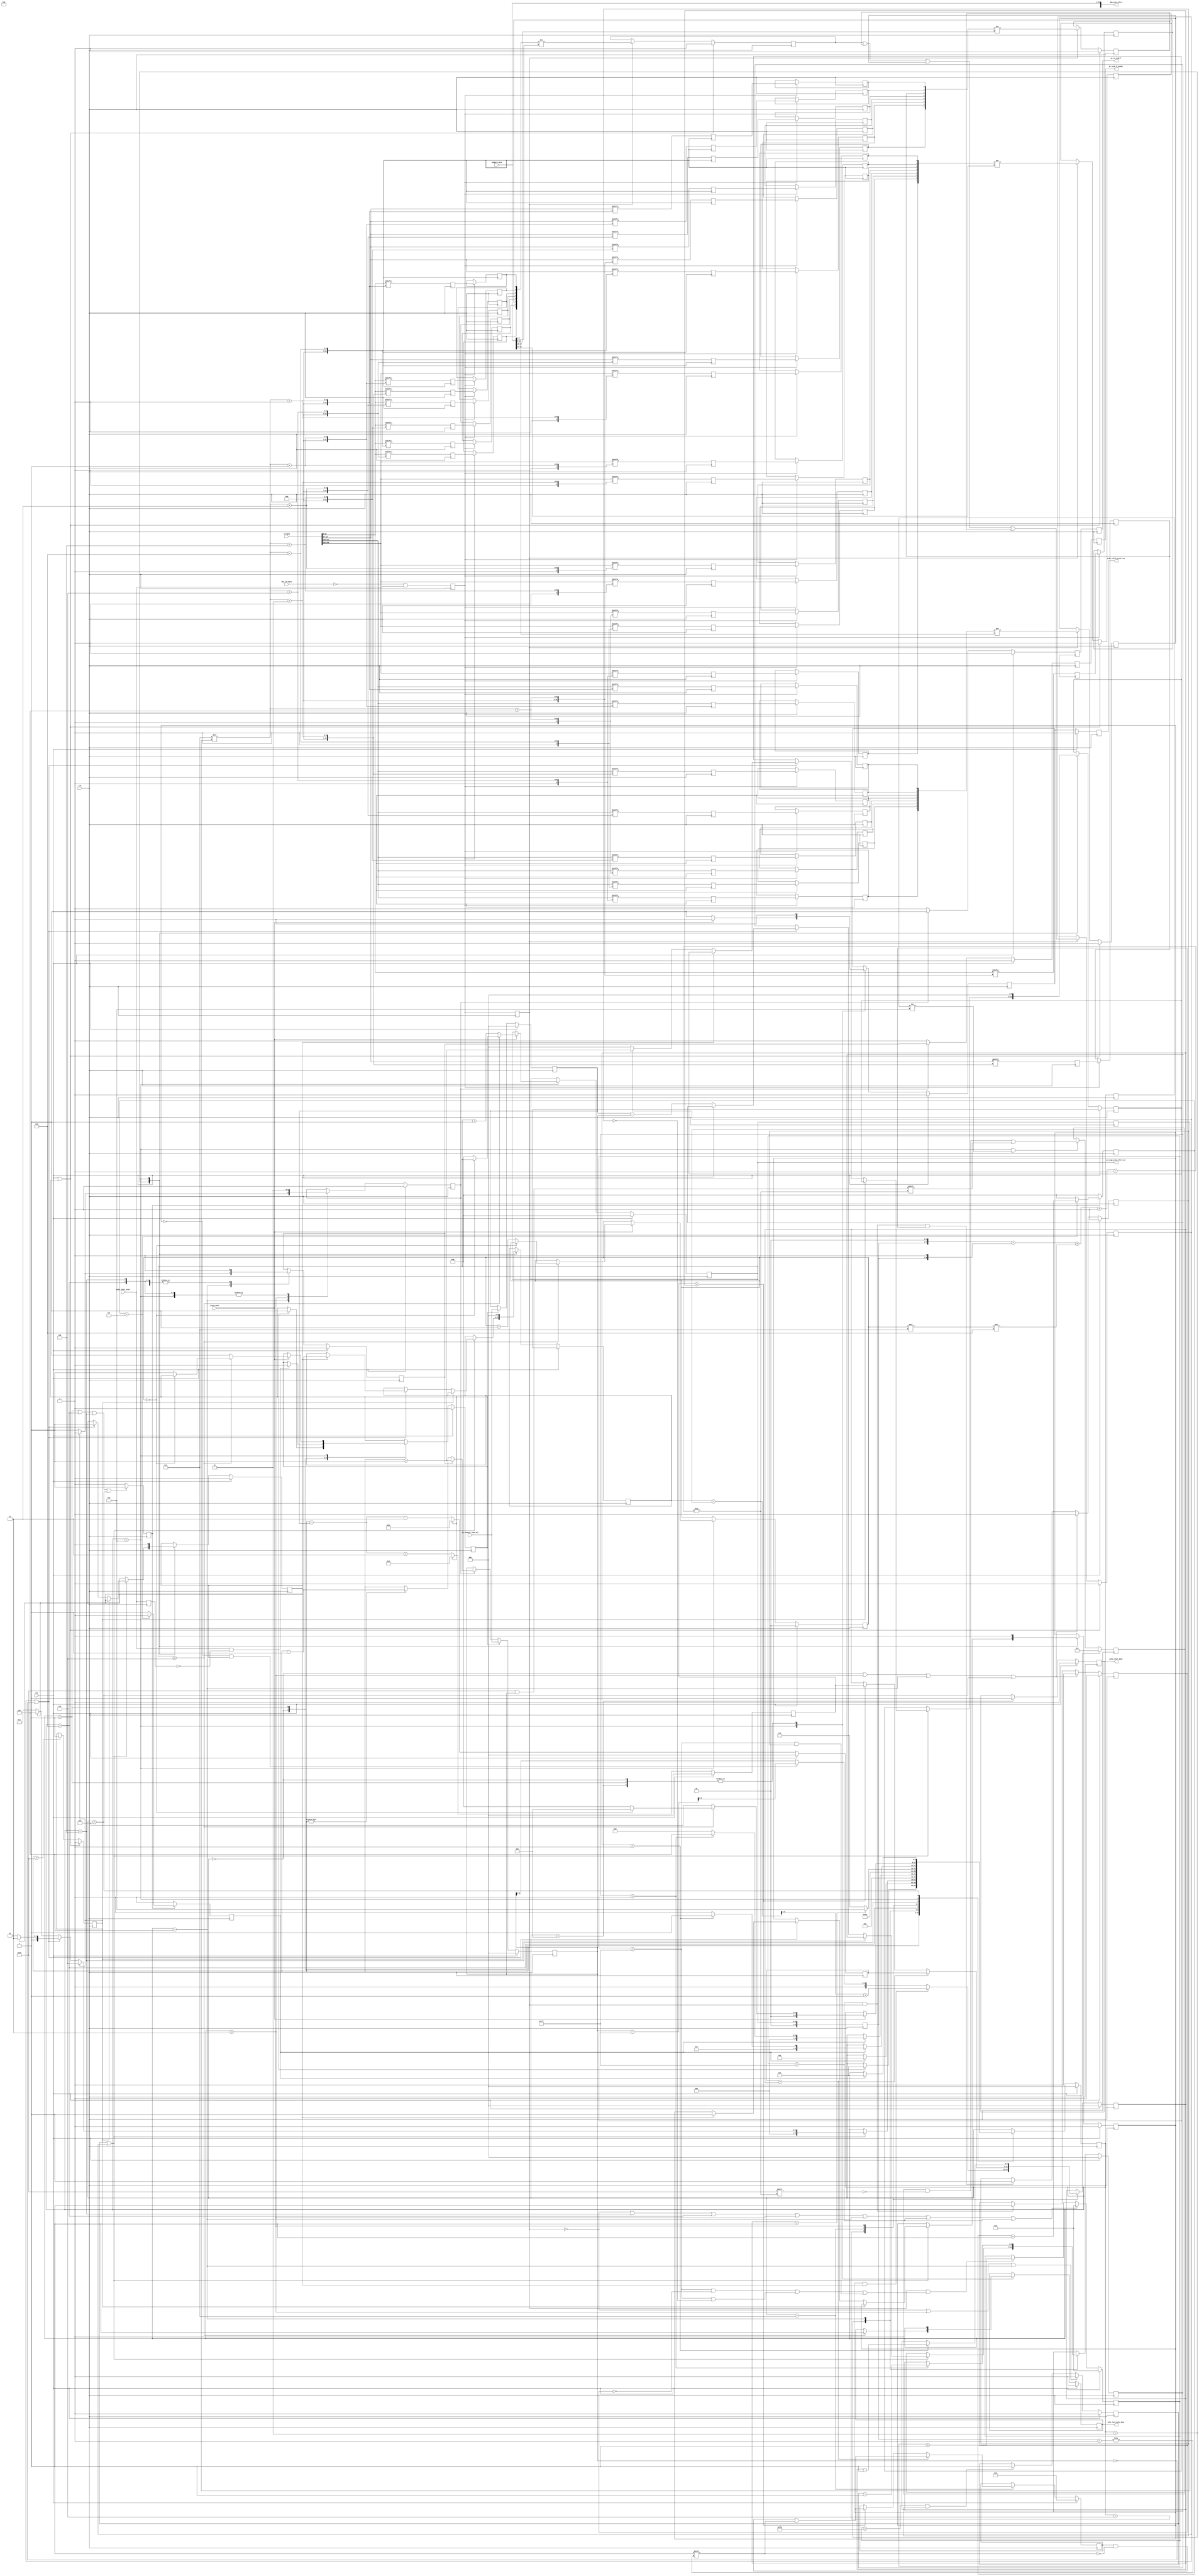
//*****************************************************************************
// (c) Copyright 2009 - 2013 Xilinx, Inc. All rights reserved.
//
// This file contains confidential and proprietary information
// of Xilinx, Inc. and is protected under U.S. and
// international copyright and other intellectual property
// laws.
//
// DISCLAIMER
// This disclaimer is not a license and does not grant any
// rights to the materials distributed herewith. Except as
// otherwise provided in a valid license issued to you by
// Xilinx, and to the maximum extent permitted by applicable
// law: (1) THESE MATERIALS ARE MADE AVAILABLE "AS IS" AND
// WITH ALL FAULTS, AND XILINX HEREBY DISCLAIMS ALL WARRANTIES
// AND CONDITIONS, EXPRESS, IMPLIED, OR STATUTORY, INCLUDING
// BUT NOT LIMITED TO WARRANTIES OF MERCHANTABILITY, NON-
// INFRINGEMENT, OR FITNESS FOR ANY PARTICULAR PURPOSE; and
// (2) Xilinx shall not be liable (whether in contract or tort,
// including negligence, or under any other theory of
// liability) for any loss or damage of any kind or nature
// related to, arising under or in connection with these
// materials, including for any direct, or any indirect,
// special, incidental, or consequential loss or damage
// (including loss of data, profits, goodwill, or any type of
// loss or damage suffered as a result of any action brought
// by a third party) even if such damage or loss was
// reasonably foreseeable or Xilinx had been advised of the
// possibility of the same.
//
// CRITICAL APPLICATIONS
// Xilinx products are not designed or intended to be fail-
// safe, or for use in any application requiring fail-safe
// performance, such as life-support or safety devices or
// systems, Class III medical devices, nuclear facilities,
// applications related to the deployment of airbags, or any
// other applications that could lead to death, personal
// injury, or severe property or environmental damage
// (individually and collectively, "Critical
// Applications"). Customer assumes the sole risk and
// liability of any use of Xilinx products in Critical
// Applications, subject only to applicable laws and
// regulations governing limitations on product liability.
//
// THIS COPYRIGHT NOTICE AND DISCLAIMER MUST BE RETAINED AS
// PART OF THIS FILE AT ALL TIMES.
//
//*****************************************************************************
//   ____  ____
//  /   /\/   /
// /___/  \  /    Vendor: Xilinx
// \   \   \/     Version:
//  \   \         Application: MIG
//  /   /         Filename: ddr_phy_prbs_rdlvl.v
// /___/   /\     Date Last Modified: $Date: 2011/06/24 14:49:00 $
// \   \  /  \    Date Created:
//  \___\/\___\
//
//Device: 7 Series
//Design Name: DDR3 SDRAM
//Purpose:
//  PRBS Read leveling calibration logic
//  NOTES:
//    1. Window detection with PRBS pattern.
//Reference:
//Revision History:
//*****************************************************************************

/******************************************************************************
**$Id: ddr_phy_prbs_rdlvl.v,v 1.2 2011/06/24 14:49:00 mgeorge Exp $
**$Date: 2011/06/24 14:49:00 $
**$Author: mgeorge $
**$Revision: 1.2 $
**$Source: /devl/xcs/repo/env/Databases/ip/src2/O/mig_7series_v1_3/data/dlib/7series/ddr3_sdram/verilog/rtl/phy/ddr_phy_prbs_rdlvl.v,v $
******************************************************************************/

`timescale 1ps/1ps

module mig_7series_v2_0_ddr_phy_prbs_rdlvl #
  (
   parameter TCQ             = 100,    // clk->out delay (sim only)
   parameter nCK_PER_CLK     = 2,      // # of memory clocks per CLK
   parameter DQ_WIDTH        = 64,     // # of DQ (data)
   parameter DQS_CNT_WIDTH   = 3,      // = ceil(log2(DQS_WIDTH))
   parameter DQS_WIDTH       = 8,      // # of DQS (strobe)
   parameter DRAM_WIDTH      = 8,      // # of DQ per DQS
   parameter RANKS           = 1,      // # of DRAM ranks
   parameter SIM_CAL_OPTION  = "NONE", // Skip various calibration steps
   parameter PRBS_WIDTH      = 8       // PRBS generator output width
   )
  (
   input                        clk,
   input                        rst,
   // Calibration status, control signals
   input                        prbs_rdlvl_start,
   (* max_fanout = 100 *) output reg                   prbs_rdlvl_done,
   output reg                   prbs_last_byte_done,
   output reg                   prbs_rdlvl_prech_req,
   input                        prech_done,
   input                        phy_if_empty,
   // Captured data in fabric clock domain
   input [2*nCK_PER_CLK*DQ_WIDTH-1:0] rd_data,
   //Expected data from PRBS generator
   input [2*nCK_PER_CLK*PRBS_WIDTH-1:0] compare_data,
   // Decrement initial Phaser_IN Fine tap delay
   input [5:0]                  pi_counter_read_val,
   // Stage 1 calibration outputs
   output reg                   pi_en_stg2_f,
   output reg                   pi_stg2_f_incdec,
   output [255:0]               dbg_prbs_rdlvl,
   output [DQS_CNT_WIDTH:0]     pi_stg2_prbs_rdlvl_cnt   
   );



  
  localparam [5:0] PRBS_IDLE                 = 6'h00;
  localparam [5:0] PRBS_NEW_DQS_WAIT         = 6'h01;
  localparam [5:0] PRBS_PAT_COMPARE          = 6'h02;
  localparam [5:0] PRBS_DEC_DQS              = 6'h03;
  localparam [5:0] PRBS_DEC_DQS_WAIT         = 6'h04;
  localparam [5:0] PRBS_INC_DQS              = 6'h05;
  localparam [5:0] PRBS_INC_DQS_WAIT         = 6'h06;
  localparam [5:0] PRBS_CALC_TAPS            = 6'h07;
  localparam [5:0] PRBS_TAP_CHECK            = 6'h08;
  localparam [5:0] PRBS_NEXT_DQS             = 6'h09;
  localparam [5:0] PRBS_NEW_DQS_PREWAIT      = 6'h0A;
  localparam [5:0] PRBS_DONE                 = 6'h0B;

  
  localparam [11:0] NUM_SAMPLES_CNT  = (SIM_CAL_OPTION == "NONE") ? 12'hFFF : 12'h001; 
  localparam [11:0] NUM_SAMPLES_CNT1 = (SIM_CAL_OPTION == "NONE") ? 12'hFFF : 12'h001;
  localparam [11:0] NUM_SAMPLES_CNT2 = (SIM_CAL_OPTION == "NONE") ? 12'hFFF : 12'h001;
  
  
  wire [DQS_CNT_WIDTH+2:0]prbs_dqs_cnt_timing;
  reg [DQS_CNT_WIDTH+2:0] prbs_dqs_cnt_timing_r;
  reg [DQS_CNT_WIDTH:0]   prbs_dqs_cnt_r;
  reg                     prbs_prech_req_r;
  reg [5:0]               prbs_state_r;
  reg [5:0]               prbs_state_r1;
  reg                     wait_state_cnt_en_r;
  reg [3:0]               wait_state_cnt_r;
  reg                     cnt_wait_state;
  reg                     found_edge_r;
  reg                     prbs_found_1st_edge_r;
  reg                     prbs_found_2nd_edge_r;
  reg [5:0]               prbs_1st_edge_taps_r;
  reg                     found_stable_eye_r;
  reg [5:0]               prbs_dqs_tap_cnt_r;
  reg [5:0]               prbs_dec_tap_calc_plus_3;
  reg [5:0]               prbs_dec_tap_calc_minus_3;
  reg                     prbs_dqs_tap_limit_r;
  reg [5:0]               prbs_inc_tap_cnt;
  reg [5:0]               prbs_dec_tap_cnt;
  reg [DRAM_WIDTH-1:0]    mux_rd_fall0_r1;
  reg [DRAM_WIDTH-1:0]    mux_rd_fall1_r1;
  reg [DRAM_WIDTH-1:0]    mux_rd_rise0_r1;
  reg [DRAM_WIDTH-1:0]    mux_rd_rise1_r1;
  reg [DRAM_WIDTH-1:0]    mux_rd_fall2_r1;
  reg [DRAM_WIDTH-1:0]    mux_rd_fall3_r1;
  reg [DRAM_WIDTH-1:0]    mux_rd_rise2_r1;
  reg [DRAM_WIDTH-1:0]    mux_rd_rise3_r1;
  reg [DRAM_WIDTH-1:0]    mux_rd_fall0_r2;
  reg [DRAM_WIDTH-1:0]    mux_rd_fall1_r2;
  reg [DRAM_WIDTH-1:0]    mux_rd_rise0_r2;
  reg [DRAM_WIDTH-1:0]    mux_rd_rise1_r2;
  reg [DRAM_WIDTH-1:0]    mux_rd_fall2_r2;
  reg [DRAM_WIDTH-1:0]    mux_rd_fall3_r2;
  reg [DRAM_WIDTH-1:0]    mux_rd_rise2_r2;
  reg [DRAM_WIDTH-1:0]    mux_rd_rise3_r2;
  reg                     mux_rd_valid_r;
  reg                     rd_valid_r1;
  reg                     rd_valid_r2;
  reg                     rd_valid_r3;
  reg                     new_cnt_dqs_r;
  reg                     prbs_tap_en_r;
  reg                     prbs_tap_inc_r;
  reg                     pi_en_stg2_f_timing;
  reg                     pi_stg2_f_incdec_timing;
  wire [DQ_WIDTH-1:0]     rd_data_rise0;
  wire [DQ_WIDTH-1:0]     rd_data_fall0;
  wire [DQ_WIDTH-1:0]     rd_data_rise1;
  wire [DQ_WIDTH-1:0]     rd_data_fall1;
  wire [DQ_WIDTH-1:0]     rd_data_rise2;
  wire [DQ_WIDTH-1:0]     rd_data_fall2;
  wire [DQ_WIDTH-1:0]     rd_data_rise3;
  wire [DQ_WIDTH-1:0]     rd_data_fall3;
  wire [PRBS_WIDTH-1:0]   compare_data_r0;
  wire [PRBS_WIDTH-1:0]   compare_data_f0;
  wire [PRBS_WIDTH-1:0]   compare_data_r1;
  wire [PRBS_WIDTH-1:0]   compare_data_f1;
  wire [PRBS_WIDTH-1:0]   compare_data_r2;
  wire [PRBS_WIDTH-1:0]   compare_data_f2;
  wire [PRBS_WIDTH-1:0]   compare_data_r3;
  wire [PRBS_WIDTH-1:0]   compare_data_f3;
  reg [DQS_CNT_WIDTH:0]   rd_mux_sel_r;
  reg [5:0]               prbs_2nd_edge_taps_r;
  
  reg [6*DQS_WIDTH*RANKS-1:0] prbs_final_dqs_tap_cnt_r;
  reg [1:0]               rnk_cnt_r;
  reg [5:0]               rdlvl_cpt_tap_cnt;
  reg                     prbs_rdlvl_start_r;
  
  reg                     compare_err;
  reg                     compare_err_r0;
  reg                     compare_err_f0;
  reg                     compare_err_r1;
  reg                     compare_err_f1;
  reg                     compare_err_r2;
  reg                     compare_err_f2;
  reg                     compare_err_r3;
  reg                     compare_err_f3;
  
  reg                     samples_cnt1_en_r;
  reg                     samples_cnt2_en_r;
  reg [11:0]              samples_cnt_r;
  reg                     num_samples_done_r;
  reg [DQS_WIDTH-1:0]     prbs_tap_mod;

  

  
   //**************************************************************************
   // DQS count to hard PHY during write calibration using Phaser_OUT Stage2
   // coarse delay 
   //**************************************************************************
//   assign dbg_prbs_rdlvl = {prbs_tap_mod, prbs_2nd_edge_taps_r, prbs_1st_edge_taps_r, rdlvl_cpt_tap_cnt, prbs_dqs_cnt_r,
//                            prbs_rdlvl_done, prbs_rdlvl_start, phy_if_empty, compare_err, prbs_found_2nd_edge_r, prbs_found_1st_edge_r, prbs_dqs_tap_cnt_r, pi_counter_read_val,
//                            mux_rd_fall3_r2, mux_rd_rise3_r2, mux_rd_fall2_r2, mux_rd_rise2_r2, mux_rd_fall1_r2, mux_rd_rise1_r2, mux_rd_fall0_r2, mux_rd_rise0_r2,
//                            compare_data_f3, compare_data_r3, compare_data_f2, compare_data_r2, compare_data_f1, compare_data_r1, compare_data_f0, compare_data_r0};

   assign dbg_prbs_rdlvl[0+:8]  = compare_data_r0;
   assign dbg_prbs_rdlvl[8+:8]  = compare_data_f0;
   assign dbg_prbs_rdlvl[16+:8] = compare_data_r1;
   assign dbg_prbs_rdlvl[24+:8] = compare_data_f1;
   assign dbg_prbs_rdlvl[32+:8] = compare_data_r2;
   assign dbg_prbs_rdlvl[40+:8] = compare_data_f2;
   assign dbg_prbs_rdlvl[48+:8] = compare_data_r3;
   assign dbg_prbs_rdlvl[56+:8] = compare_data_f3;

   assign dbg_prbs_rdlvl[64+:8]  = mux_rd_rise0_r2;
   assign dbg_prbs_rdlvl[72+:8]  = mux_rd_fall0_r2;
   assign dbg_prbs_rdlvl[80+:8]  = mux_rd_rise1_r2;
   assign dbg_prbs_rdlvl[88+:8]  = mux_rd_fall1_r2;
   assign dbg_prbs_rdlvl[96+:8]  = mux_rd_rise2_r2;
   assign dbg_prbs_rdlvl[104+:8] = mux_rd_fall2_r2;
   assign dbg_prbs_rdlvl[112+:8] = mux_rd_rise3_r2;
   assign dbg_prbs_rdlvl[120+:8] = mux_rd_fall3_r2;

   assign dbg_prbs_rdlvl[128+:6] = pi_counter_read_val;
   assign dbg_prbs_rdlvl[134+:6] = prbs_dqs_tap_cnt_r;

   assign dbg_prbs_rdlvl[140]    = prbs_found_1st_edge_r;
   assign dbg_prbs_rdlvl[141]    = prbs_found_2nd_edge_r;
   assign dbg_prbs_rdlvl[142]    = compare_err;
   assign dbg_prbs_rdlvl[143]    = phy_if_empty;
   assign dbg_prbs_rdlvl[144]    = prbs_rdlvl_start;
   assign dbg_prbs_rdlvl[145]    = prbs_rdlvl_done;
   
   assign dbg_prbs_rdlvl[146+:5] = prbs_dqs_cnt_r;
   assign dbg_prbs_rdlvl[151+:6] = rdlvl_cpt_tap_cnt;
   assign dbg_prbs_rdlvl[157+:6] = prbs_1st_edge_taps_r;
   assign dbg_prbs_rdlvl[163+:6] = prbs_2nd_edge_taps_r;
   assign dbg_prbs_rdlvl[169+:9] = prbs_tap_mod;
   
   assign dbg_prbs_rdlvl[231:178]= prbs_final_dqs_tap_cnt_r;
   //assign dbg_prbs_rdlvl[178+:6]= prbs_final_dqs_tap_cnt_r[5:0];
   //assign dbg_prbs_rdlvl[184+:6]= prbs_final_dqs_tap_cnt_r[11:6];
   //assign dbg_prbs_rdlvl[190+:6]= prbs_final_dqs_tap_cnt_r[17:12];
   //assign dbg_prbs_rdlvl[196+:6]= prbs_final_dqs_tap_cnt_r[23:18];
   //assign dbg_prbs_rdlvl[202+:6]= prbs_final_dqs_tap_cnt_r[29:24];
   //assign dbg_prbs_rdlvl[208+:6]= prbs_final_dqs_tap_cnt_r[35:30];
   //assign dbg_prbs_rdlvl[214+:6]= prbs_final_dqs_tap_cnt_r[41:36];
   //assign dbg_prbs_rdlvl[220+:6]= prbs_final_dqs_tap_cnt_r[47:42];
   //assign dbg_prbs_rdlvl[226+:6]= prbs_final_dqs_tap_cnt_r[53:48];
   
   assign dbg_prbs_rdlvl[255:232]= 'b0;//reserved

  //***************************************************************************
  //***************************************************************************
  // Data mux to route appropriate bit to calibration logic - i.e. calibration
  // is done sequentially, one bit (or DQS group) at a time
  //***************************************************************************

  generate
    if (nCK_PER_CLK == 4) begin: rd_data_div4_logic_clk
      assign rd_data_rise0 = rd_data[DQ_WIDTH-1:0];
      assign rd_data_fall0 = rd_data[2*DQ_WIDTH-1:DQ_WIDTH];
      assign rd_data_rise1 = rd_data[3*DQ_WIDTH-1:2*DQ_WIDTH];
      assign rd_data_fall1 = rd_data[4*DQ_WIDTH-1:3*DQ_WIDTH];
      assign rd_data_rise2 = rd_data[5*DQ_WIDTH-1:4*DQ_WIDTH];
      assign rd_data_fall2 = rd_data[6*DQ_WIDTH-1:5*DQ_WIDTH];
      assign rd_data_rise3 = rd_data[7*DQ_WIDTH-1:6*DQ_WIDTH];
      assign rd_data_fall3 = rd_data[8*DQ_WIDTH-1:7*DQ_WIDTH];
      assign compare_data_r0 = compare_data[PRBS_WIDTH-1:0];
      assign compare_data_f0 = compare_data[2*PRBS_WIDTH-1:PRBS_WIDTH];
      assign compare_data_r1 = compare_data[3*PRBS_WIDTH-1:2*PRBS_WIDTH];
      assign compare_data_f1 = compare_data[4*PRBS_WIDTH-1:3*PRBS_WIDTH];
      assign compare_data_r2 = compare_data[5*PRBS_WIDTH-1:4*PRBS_WIDTH];
      assign compare_data_f2 = compare_data[6*PRBS_WIDTH-1:5*PRBS_WIDTH];
      assign compare_data_r3 = compare_data[7*PRBS_WIDTH-1:6*PRBS_WIDTH];
      assign compare_data_f3 = compare_data[8*PRBS_WIDTH-1:7*PRBS_WIDTH];
    end else begin: rd_data_div2_logic_clk
      assign rd_data_rise0 = rd_data[DQ_WIDTH-1:0];
      assign rd_data_fall0 = rd_data[2*DQ_WIDTH-1:DQ_WIDTH];
      assign rd_data_rise1 = rd_data[3*DQ_WIDTH-1:2*DQ_WIDTH];
      assign rd_data_fall1 = rd_data[4*DQ_WIDTH-1:3*DQ_WIDTH];
      assign compare_data_r0 = compare_data[PRBS_WIDTH-1:0];
      assign compare_data_f0 = compare_data[2*PRBS_WIDTH-1:PRBS_WIDTH];
      assign compare_data_r1 = compare_data[3*PRBS_WIDTH-1:2*PRBS_WIDTH];
      assign compare_data_f1 = compare_data[4*PRBS_WIDTH-1:3*PRBS_WIDTH];
    end
  endgenerate

  always @(posedge clk) begin
    rd_mux_sel_r <= #TCQ prbs_dqs_cnt_r;
  end

  // Register outputs for improved timing.
  // NOTE: Will need to change when per-bit DQ deskew is supported.
  //       Currenly all bits in DQS group are checked in aggregate
  generate
    genvar mux_i;
    for (mux_i = 0; mux_i < DRAM_WIDTH; mux_i = mux_i + 1) begin: gen_mux_rd
      always @(posedge clk) begin
        mux_rd_rise0_r1[mux_i] <= #TCQ rd_data_rise0[DRAM_WIDTH*rd_mux_sel_r + mux_i];
        mux_rd_fall0_r1[mux_i] <= #TCQ rd_data_fall0[DRAM_WIDTH*rd_mux_sel_r + mux_i];
        mux_rd_rise1_r1[mux_i] <= #TCQ rd_data_rise1[DRAM_WIDTH*rd_mux_sel_r + mux_i];
        mux_rd_fall1_r1[mux_i] <= #TCQ rd_data_fall1[DRAM_WIDTH*rd_mux_sel_r + mux_i];
        mux_rd_rise2_r1[mux_i] <= #TCQ rd_data_rise2[DRAM_WIDTH*rd_mux_sel_r + mux_i];
        mux_rd_fall2_r1[mux_i] <= #TCQ rd_data_fall2[DRAM_WIDTH*rd_mux_sel_r + mux_i];
        mux_rd_rise3_r1[mux_i] <= #TCQ rd_data_rise3[DRAM_WIDTH*rd_mux_sel_r + mux_i];
        mux_rd_fall3_r1[mux_i] <= #TCQ rd_data_fall3[DRAM_WIDTH*rd_mux_sel_r + mux_i];
      end
    end
  endgenerate
  
  generate
    genvar muxr2_i;
    if (nCK_PER_CLK == 4) begin: gen_mux_div4
        for (muxr2_i = 0; muxr2_i < DRAM_WIDTH; muxr2_i = muxr2_i + 1) begin: gen_rd_4
          always @(posedge clk) begin
            if (mux_rd_valid_r) begin
              mux_rd_rise0_r2[muxr2_i] <= #TCQ mux_rd_rise0_r1[muxr2_i];
              mux_rd_fall0_r2[muxr2_i] <= #TCQ mux_rd_fall0_r1[muxr2_i];
              mux_rd_rise1_r2[muxr2_i] <= #TCQ mux_rd_rise1_r1[muxr2_i];
              mux_rd_fall1_r2[muxr2_i] <= #TCQ mux_rd_fall1_r1[muxr2_i];
              mux_rd_rise2_r2[muxr2_i] <= #TCQ mux_rd_rise2_r1[muxr2_i];
              mux_rd_fall2_r2[muxr2_i] <= #TCQ mux_rd_fall2_r1[muxr2_i];
              mux_rd_rise3_r2[muxr2_i] <= #TCQ mux_rd_rise3_r1[muxr2_i];
              mux_rd_fall3_r2[muxr2_i] <= #TCQ mux_rd_fall3_r1[muxr2_i];
            end
          end
                end
    end else if (nCK_PER_CLK == 2) begin: gen_mux_div2
        for (muxr2_i = 0; muxr2_i < DRAM_WIDTH; muxr2_i = muxr2_i + 1) begin: gen_rd_2
          always @(posedge clk) begin
            if (mux_rd_valid_r) begin
              mux_rd_rise0_r2[muxr2_i] <= #TCQ mux_rd_rise0_r1[muxr2_i];
              mux_rd_fall0_r2[muxr2_i] <= #TCQ mux_rd_fall0_r1[muxr2_i];
              mux_rd_rise1_r2[muxr2_i] <= #TCQ mux_rd_rise1_r1[muxr2_i];
              mux_rd_fall1_r2[muxr2_i] <= #TCQ mux_rd_fall1_r1[muxr2_i];      
            end
                  end
        end
    end
  endgenerate

  
  // Registered signal indicates when mux_rd_rise/fall_r is valid
  always @(posedge clk) begin
    mux_rd_valid_r <= #TCQ ~phy_if_empty && prbs_rdlvl_start;
    rd_valid_r1    <= #TCQ mux_rd_valid_r;
    rd_valid_r2    <= #TCQ rd_valid_r1;
  end
  
// Counter counts # of samples compared
// Reset sample counter when not "sampling"
// Otherwise, count # of samples compared
// Same counter is shared for three samples checked
  always @(posedge clk)
    if (rst)
      samples_cnt_r <= #TCQ 'b0;
    else begin
      if (!rd_valid_r1 ||
          (prbs_state_r == PRBS_DEC_DQS_WAIT) ||
          (prbs_state_r == PRBS_INC_DQS_WAIT) ||
          (prbs_state_r == PRBS_DEC_DQS) ||
          (prbs_state_r == PRBS_INC_DQS) ||
          (samples_cnt_r == NUM_SAMPLES_CNT) ||
          (samples_cnt_r == NUM_SAMPLES_CNT1))
        samples_cnt_r <= #TCQ 'b0;
      else if (rd_valid_r1 && 
               (((samples_cnt_r < NUM_SAMPLES_CNT) && ~samples_cnt1_en_r) ||
                ((samples_cnt_r < NUM_SAMPLES_CNT1) && ~samples_cnt2_en_r) ||
                ((samples_cnt_r < NUM_SAMPLES_CNT2) && samples_cnt2_en_r)))
        samples_cnt_r <= #TCQ samples_cnt_r + 1;
    end

// Count #2 enable generation
// Assert when correct number of samples compared
  always @(posedge clk)
    if (rst)
      samples_cnt1_en_r <= #TCQ 1'b0;
    else begin 
      if ((prbs_state_r == PRBS_IDLE) || 
          (prbs_state_r == PRBS_DEC_DQS) ||
          (prbs_state_r == PRBS_INC_DQS) ||
          (prbs_state_r == PRBS_NEW_DQS_PREWAIT))
        samples_cnt1_en_r <= #TCQ 1'b0;
      else if ((samples_cnt_r == NUM_SAMPLES_CNT) && rd_valid_r1)
        samples_cnt1_en_r <= #TCQ 1'b1;
    end

// Counter #3 enable generation
// Assert when correct number of samples compared
  always @(posedge clk)
    if (rst)
      samples_cnt2_en_r <= #TCQ 1'b0;
    else begin 
      if ((prbs_state_r == PRBS_IDLE) || 
          (prbs_state_r == PRBS_DEC_DQS) ||
          (prbs_state_r == PRBS_INC_DQS) ||
          (prbs_state_r == PRBS_NEW_DQS_PREWAIT))
        samples_cnt2_en_r <= #TCQ 1'b0;
      else if ((samples_cnt_r == NUM_SAMPLES_CNT1) && rd_valid_r1 && samples_cnt1_en_r)
        samples_cnt2_en_r <= #TCQ 1'b1;
    end

// Assert when all the three sample counts are done
  always @(posedge clk)
    if (rst)
      num_samples_done_r <= #TCQ 1'b0;
    else begin 
      if (!rd_valid_r1 ||
          (prbs_state_r == PRBS_DEC_DQS) ||
          (prbs_state_r == PRBS_INC_DQS))
        num_samples_done_r <= #TCQ 'b0;
      else begin
        if ((samples_cnt_r == NUM_SAMPLES_CNT2-1) && samples_cnt2_en_r)
          num_samples_done_r <= #TCQ 1'b1;
      end
    end
  
  
  //***************************************************************************
  // Compare Read Data for the byte being Leveled with Expected data from PRBS
  // generator. Resulting compare_err signal used to determine read data valid
  // edge.
  //***************************************************************************
  generate
    if (nCK_PER_CLK == 4) begin: cmp_err_4to1
      always @ (posedge clk) begin
        if (rst || new_cnt_dqs_r) begin
              compare_err    <= #TCQ 1'b0;
              compare_err_r0 <= #TCQ 1'b0;
              compare_err_f0 <= #TCQ 1'b0;
              compare_err_r1 <= #TCQ 1'b0;
              compare_err_f1 <= #TCQ 1'b0;
              compare_err_r2 <= #TCQ 1'b0;
              compare_err_f2 <= #TCQ 1'b0;
              compare_err_r3 <= #TCQ 1'b0;
              compare_err_f3 <= #TCQ 1'b0;
            end else if (rd_valid_r1) begin
              compare_err_r0  <= #TCQ (mux_rd_rise0_r2 != compare_data_r0);
              compare_err_f0  <= #TCQ (mux_rd_fall0_r2 != compare_data_f0);
              compare_err_r1  <= #TCQ (mux_rd_rise1_r2 != compare_data_r1);
              compare_err_f1  <= #TCQ (mux_rd_fall1_r2 != compare_data_f1);
              compare_err_r2  <= #TCQ (mux_rd_rise2_r2 != compare_data_r2);
              compare_err_f2  <= #TCQ (mux_rd_fall2_r2 != compare_data_f2);
              compare_err_r3  <= #TCQ (mux_rd_rise3_r2 != compare_data_r3);
              compare_err_f3  <= #TCQ (mux_rd_fall3_r2 != compare_data_f3);
              compare_err     <= #TCQ (compare_err_r0 | compare_err_f0 |
                                       compare_err_r1 | compare_err_f1 |
                                                           compare_err_r2 | compare_err_f2 |
                                                           compare_err_r3 | compare_err_f3);
            end
      end
        end else begin: cmp_err_2to1
          always @ (posedge clk) begin
        if (rst || new_cnt_dqs_r) begin
              compare_err    <= #TCQ 1'b0;
              compare_err_r0 <= #TCQ 1'b0;
              compare_err_f0 <= #TCQ 1'b0;
              compare_err_r1 <= #TCQ 1'b0;
              compare_err_f1 <= #TCQ 1'b0;
            end else if (rd_valid_r1) begin
              compare_err_r0  <= #TCQ (mux_rd_rise0_r2 != compare_data_r0);
              compare_err_f0  <= #TCQ (mux_rd_fall0_r2 != compare_data_f0);
              compare_err_r1  <= #TCQ (mux_rd_rise1_r2 != compare_data_r1);
              compare_err_f1  <= #TCQ (mux_rd_fall1_r2 != compare_data_f1);
              compare_err     <= #TCQ (compare_err_r0 | compare_err_f0 |
                                       compare_err_r1 | compare_err_f1);
            end
      end
        end
  endgenerate
          
//***************************************************************************
// Decrement initial Phaser_IN fine delay value before proceeding with
// read calibration
//***************************************************************************
  
  
//***************************************************************************
// Demultiplexor to control Phaser_IN delay values
//***************************************************************************

// Read DQS
  always @(posedge clk) begin
    if (rst) begin
      pi_en_stg2_f_timing     <= #TCQ 'b0;
      pi_stg2_f_incdec_timing <= #TCQ 'b0;
    end else if (prbs_tap_en_r) begin
// Change only specified DQS
      pi_en_stg2_f_timing     <= #TCQ 1'b1;  
      pi_stg2_f_incdec_timing <= #TCQ prbs_tap_inc_r;
    end else begin
      pi_en_stg2_f_timing     <= #TCQ 'b0;
      pi_stg2_f_incdec_timing <= #TCQ 'b0;
    end
  end

// registered for timing 
  always @(posedge clk) begin
    pi_en_stg2_f     <= #TCQ pi_en_stg2_f_timing;
    pi_stg2_f_incdec <= #TCQ pi_stg2_f_incdec_timing;
  end
  
//***************************************************************************
// generate request to PHY_INIT logic to issue precharged. Required when
// calibration can take a long time (during which there are only constant
// reads present on this bus). In this case need to issue perioidic
// precharges to avoid tRAS violation. This signal must meet the following
// requirements: (1) only transition from 0->1 when prech is first needed,
// (2) stay at 1 and only transition 1->0 when RDLVL_PRECH_DONE asserted
//***************************************************************************

  always @(posedge clk)
    if (rst)
      prbs_rdlvl_prech_req <= #TCQ 1'b0;
    else
      prbs_rdlvl_prech_req <= #TCQ prbs_prech_req_r;

//*****************************************************************
// keep track of edge tap counts found, and current capture clock
// tap count
//*****************************************************************

  always @(posedge clk)
    if (rst) begin
      prbs_dqs_tap_cnt_r   <= #TCQ 'b0;
      rdlvl_cpt_tap_cnt    <= #TCQ 'b0;
    end else if (new_cnt_dqs_r) begin
      prbs_dqs_tap_cnt_r   <= #TCQ pi_counter_read_val;
      rdlvl_cpt_tap_cnt    <= #TCQ pi_counter_read_val;
    end else if (prbs_tap_en_r) begin
      if (prbs_tap_inc_r)
        prbs_dqs_tap_cnt_r <= #TCQ prbs_dqs_tap_cnt_r + 1;
      else if (prbs_dqs_tap_cnt_r != 'd0)
        prbs_dqs_tap_cnt_r <= #TCQ prbs_dqs_tap_cnt_r - 1;
    end
    
  always @(posedge clk)
    if (rst) begin
      prbs_dec_tap_calc_plus_3  <= #TCQ 'b0;
      prbs_dec_tap_calc_minus_3 <= #TCQ 'b0;
    end else if (new_cnt_dqs_r) begin
      prbs_dec_tap_calc_plus_3  <= #TCQ 'b000011;
      prbs_dec_tap_calc_minus_3 <= #TCQ 'b111100;
    end else begin
      prbs_dec_tap_calc_plus_3  <= #TCQ (prbs_dqs_tap_cnt_r  - rdlvl_cpt_tap_cnt + 3);
      prbs_dec_tap_calc_minus_3 <= #TCQ (prbs_dqs_tap_cnt_r  - rdlvl_cpt_tap_cnt - 3);
    end

  always @(posedge clk)
    if (rst || new_cnt_dqs_r)
      prbs_dqs_tap_limit_r <= #TCQ 1'b0;
    else if (prbs_dqs_tap_cnt_r == 6'd63)
      prbs_dqs_tap_limit_r <= #TCQ 1'b1;

  // Temp wire for timing.
   // The following in the always block below causes timing issues
   // due to DSP block inference
   // 6*prbs_dqs_cnt_r.
   // replacing this with two left shifts + one left shift  to avoid
   // DSP multiplier.

  assign prbs_dqs_cnt_timing = {2'd0, prbs_dqs_cnt_r};


  always @(posedge clk)
    prbs_dqs_cnt_timing_r <= #TCQ prbs_dqs_cnt_timing;
    

   // Storing DQS tap values at the end of each DQS read leveling
   always @(posedge clk) begin
     if (rst) begin
       prbs_final_dqs_tap_cnt_r <= #TCQ 'b0;
     end else if ((prbs_state_r == PRBS_NEXT_DQS) && (prbs_state_r1 != PRBS_NEXT_DQS)) begin
        prbs_final_dqs_tap_cnt_r[(((prbs_dqs_cnt_timing_r <<2) + (prbs_dqs_cnt_timing_r <<1))
         +(rnk_cnt_r*DQS_WIDTH*6))+:6]
           <= #TCQ prbs_dqs_tap_cnt_r;
     end
   end




  //*****************************************************************
  
  always @(posedge clk) begin
    prbs_state_r1      <= #TCQ prbs_state_r;
    prbs_rdlvl_start_r <= #TCQ prbs_rdlvl_start;
  end
    
// Wait counter for wait states
  always @(posedge clk)
    if ((prbs_state_r == PRBS_NEW_DQS_WAIT) ||
        (prbs_state_r == PRBS_INC_DQS_WAIT) ||
        (prbs_state_r == PRBS_DEC_DQS_WAIT) ||
        (prbs_state_r == PRBS_NEW_DQS_PREWAIT))
      wait_state_cnt_en_r <= #TCQ 1'b1;
    else
      wait_state_cnt_en_r <= #TCQ 1'b0;
     
  always @(posedge clk)
    if (!wait_state_cnt_en_r) begin
      wait_state_cnt_r <= #TCQ 'b0;
      cnt_wait_state   <= #TCQ 1'b0;
    end else begin
      if (wait_state_cnt_r < 'd15) begin
        wait_state_cnt_r <= #TCQ wait_state_cnt_r + 1;
        cnt_wait_state   <= #TCQ 1'b0;
      end else begin
        // Need to reset to 0 to handle the case when there are two
        // different WAIT states back-to-back
        wait_state_cnt_r <= #TCQ 'b0;        
        cnt_wait_state   <= #TCQ 1'b1;
      end
    end
    
//*****************************************************************
// PRBS Read Level State Machine
//*****************************************************************
  
  always @(posedge clk)
    if (rst) begin
      prbs_dqs_cnt_r        <= #TCQ 'b0;
      prbs_tap_en_r         <= #TCQ 1'b0;
      prbs_tap_inc_r        <= #TCQ 1'b0;
      prbs_prech_req_r      <= #TCQ 1'b0;
      prbs_state_r          <= #TCQ PRBS_IDLE;
      prbs_found_1st_edge_r <= #TCQ 1'b0;
      prbs_found_2nd_edge_r <= #TCQ 1'b0;
      prbs_1st_edge_taps_r  <= #TCQ 6'bxxxxxx;
      prbs_inc_tap_cnt      <= #TCQ 'b0;
      prbs_dec_tap_cnt      <= #TCQ 'b0;
      new_cnt_dqs_r         <= #TCQ 1'b0;
      if (SIM_CAL_OPTION == "FAST_CAL")
        prbs_rdlvl_done       <= #TCQ 1'b1;
      else
        prbs_rdlvl_done       <= #TCQ 1'b0;
      prbs_2nd_edge_taps_r  <= #TCQ 6'bxxxxxx;
      prbs_last_byte_done   <= #TCQ 1'b0;
      rnk_cnt_r             <= #TCQ 2'b00;
      prbs_tap_mod          <= #TCQ 'd0;	  
    end else begin
      
      case (prbs_state_r)
        
        PRBS_IDLE: begin
          prbs_last_byte_done  <= #TCQ 1'b0;
          prbs_prech_req_r     <= #TCQ 1'b0;
          if (prbs_rdlvl_start && ~prbs_rdlvl_start_r) begin
            if (SIM_CAL_OPTION == "SKIP_CAL")
              prbs_state_r  <= #TCQ PRBS_DONE;
            else begin
              new_cnt_dqs_r <= #TCQ 1'b1;             
              prbs_state_r  <= #TCQ PRBS_NEW_DQS_WAIT;
            end
          end
        end
        
        // Wait for the new DQS group to change
        // also gives time for the read data IN_FIFO to
        // output the updated data for the new DQS group
        PRBS_NEW_DQS_WAIT: begin
          prbs_last_byte_done <= #TCQ 1'b0;
          prbs_prech_req_r    <= #TCQ 1'b0;
          if (cnt_wait_state) begin
            new_cnt_dqs_r <= #TCQ 1'b0;
            prbs_state_r  <= #TCQ PRBS_PAT_COMPARE;
          end
        end

        // Check for presence of data eye edge. During this state, we
        // sample the read data multiple times, and look for changes
        // in the read data, specifically:
        //   1. A change in the read data compared with the value of
        //      read data from the previous delay tap. This indicates 
        //      that the most recent tap delay increment has moved us
        //      into either a new window, or moved/kept us in the
        //      transition/jitter region between windows. Note that this
        //      condition only needs to be checked for once, and for
        //      logistical purposes, we check this soon after entering
        //      this state (see comment in PRBS_PAT_COMPARE below for 
        //      why this is done)
        //   2. A change in the read data while we are in this state
        //      (i.e. in the absence of a tap delay increment). This
        //      indicates that we're close enough to a window edge that
        //      jitter will cause the read data to change even in the
        //      absence of a tap delay change 
        PRBS_PAT_COMPARE: begin

          // Continue to sample read data and look for edges until the
          // appropriate time interval (shorter for simulation-only, 
          // much, much longer for actual h/w) has elapsed
          if (num_samples_done_r || compare_err) begin
            if (prbs_dqs_tap_limit_r)
              // Only one edge detected and ran out of taps since only one
              // bit time worth of taps available for window detection. This
              // can happen if at tap 0 DQS is in previous window which results
              // in only left edge being detected. Or at tap 0 DQS is in the
              // current window resulting in only right edge being detected.
              // Depending on the frequency this case can also happen if at
              // tap 0 DQS is in the left noise region resulting in only left
              // edge being detected.
              prbs_state_r <= #TCQ PRBS_CALC_TAPS;
            else if (compare_err || (prbs_dqs_tap_cnt_r == 'd0)) begin 
              // Sticky bit - asserted after we encounter an edge, although
              // the current edge may not be considered the "first edge" this
              // just means we found at least one edge
              prbs_found_1st_edge_r <= #TCQ 1'b1;
              
              // Both edges of data valid window found:
              // If we've found a second edge after a region of stability
              // then we must have just passed the second ("right" edge of
              // the window. Record this second_edge_taps = current tap-1, 
              // because we're one past the actual second edge tap, where 
              // the edge taps represent the extremes of the data valid 
              // window (i.e. smallest & largest taps where data still valid
              if (prbs_found_1st_edge_r) begin
                prbs_found_2nd_edge_r <= #TCQ 1'b1;
                prbs_2nd_edge_taps_r  <= #TCQ prbs_dqs_tap_cnt_r - 1;
                prbs_state_r          <= #TCQ PRBS_CALC_TAPS;          
              end else begin
                // Otherwise, an edge was found (just not the "second" edge)
                // Assuming DQS is in the correct window at tap 0 of Phaser IN
                // fine tap. The first edge found is the right edge of the valid
                // window and is the beginning of the jitter region hence done!
                if (compare_err)
                  prbs_1st_edge_taps_r <= #TCQ prbs_dqs_tap_cnt_r + 1;
                else
                  prbs_1st_edge_taps_r <= #TCQ 'd0;
                
                prbs_inc_tap_cnt     <= #TCQ rdlvl_cpt_tap_cnt - prbs_dqs_tap_cnt_r;           
                prbs_state_r         <= #TCQ PRBS_INC_DQS;
              end
            end else begin
              // Otherwise, if we haven't found an edge.... 
              // If we still have taps left to use, then keep incrementing
              if (prbs_found_1st_edge_r)
                prbs_state_r  <= #TCQ PRBS_INC_DQS;
              else
                prbs_state_r  <= #TCQ PRBS_DEC_DQS;
            end
          end
        end
        
        // Increment Phaser_IN delay for DQS
        PRBS_INC_DQS: begin
          prbs_state_r        <= #TCQ PRBS_INC_DQS_WAIT;
          if (prbs_inc_tap_cnt > 'd0)
            prbs_inc_tap_cnt <= #TCQ prbs_inc_tap_cnt - 1;
          if (~prbs_dqs_tap_limit_r) begin
            prbs_tap_en_r    <= #TCQ 1'b1;
            prbs_tap_inc_r   <= #TCQ 1'b1;
          end else begin
            prbs_tap_en_r    <= #TCQ 1'b0;
            prbs_tap_inc_r   <= #TCQ 1'b0;
          end
        end

        // Wait for Phaser_In to settle, before checking again for an edge 
        PRBS_INC_DQS_WAIT: begin
          prbs_tap_en_r    <= #TCQ 1'b0;
          prbs_tap_inc_r   <= #TCQ 1'b0; 
          if (cnt_wait_state) begin
            if (prbs_inc_tap_cnt > 'd0)
              prbs_state_r <= #TCQ PRBS_INC_DQS;
            else
              prbs_state_r <= #TCQ PRBS_PAT_COMPARE;
          end
        end
            
        // Calculate final value of Phaser_IN taps. At this point, one or both
        // edges of data eye have been found, and/or all taps have been
        // exhausted looking for the edges
        // NOTE: The amount to be decrement by is calculated, not the
        //  absolute setting for DQS.
        PRBS_CALC_TAPS: begin
          if (prbs_found_2nd_edge_r && prbs_found_1st_edge_r)
          // Both edges detected
            prbs_dec_tap_cnt 
              <=  #TCQ ((prbs_2nd_edge_taps_r -
                         prbs_1st_edge_taps_r)>>1) + 1;
          else if (~prbs_found_2nd_edge_r && prbs_found_1st_edge_r)
          // Only left edge detected 
            prbs_dec_tap_cnt 
              <=  #TCQ ((prbs_dqs_tap_cnt_r - prbs_1st_edge_taps_r)>>1);
          else
          // No edges detected
            prbs_dec_tap_cnt 
              <=  #TCQ (prbs_dqs_tap_cnt_r>>1);
          // Now use the value we just calculated to decrement CPT taps
          // to the desired calibration point
          prbs_state_r <= #TCQ PRBS_TAP_CHECK; //PRBS_DEC_DQS;  
        end
	
	PRBS_TAP_CHECK: begin
	  // Fix for CR690798 - limit PRBS tap to +/- 3 taps of rdlvl_cpt_tap_cnt
          if (prbs_dec_tap_calc_minus_3 > prbs_dec_tap_cnt) begin // proposing a re-order of the condition
	    prbs_tap_mod[prbs_dqs_cnt_timing_r] <= #TCQ 1'b1;
            prbs_dec_tap_cnt <= #TCQ prbs_dec_tap_calc_minus_3;
          end else if (prbs_dec_tap_calc_plus_3 < prbs_dec_tap_cnt) begin // proposing a re-order of the condition
	    prbs_tap_mod[prbs_dqs_cnt_timing_r] <= #TCQ 1'b1;
            prbs_dec_tap_cnt <= #TCQ prbs_dec_tap_calc_plus_3; 
	  end
	  prbs_state_r <= #TCQ PRBS_DEC_DQS;
	end

        // decrement capture clock for final adjustment - center
        // capture clock in middle of data eye. This adjustment will occur
        // only when both the edges are found usign CPT taps. Must do this
        // incrementally to avoid clock glitching (since CPT drives clock
        // divider within each ISERDES)
        PRBS_DEC_DQS: begin
          prbs_tap_en_r  <= #TCQ 1'b1;
          prbs_tap_inc_r <= #TCQ 1'b0;
          // once adjustment is complete, we're done with calibration for
          // this DQS, repeat for next DQS
          if (prbs_dec_tap_cnt > 'd0)
            prbs_dec_tap_cnt <= #TCQ prbs_dec_tap_cnt - 1;
          if (prbs_dec_tap_cnt == 6'b000001)
            prbs_state_r <= #TCQ PRBS_NEXT_DQS;
          else
            prbs_state_r <= #TCQ PRBS_DEC_DQS_WAIT;
        end

        PRBS_DEC_DQS_WAIT: begin
          prbs_tap_en_r  <= #TCQ 1'b0;
          prbs_tap_inc_r <= #TCQ 1'b0;
          if (cnt_wait_state) begin
            if (prbs_dec_tap_cnt > 'd0)
              prbs_state_r <= #TCQ PRBS_DEC_DQS;
            else 
              prbs_state_r <= #TCQ PRBS_PAT_COMPARE;
          end
        end

        // Determine whether we're done, or have more DQS's to calibrate
        // Also request precharge after every byte, as appropriate
        PRBS_NEXT_DQS: begin
          prbs_prech_req_r  <= #TCQ 1'b1;
          prbs_tap_en_r  <= #TCQ 1'b0;
          prbs_tap_inc_r <= #TCQ 1'b0;
          // Prepare for another iteration with next DQS group
          prbs_found_1st_edge_r <= #TCQ 1'b0;
          prbs_found_2nd_edge_r <= #TCQ 1'b0;
          prbs_1st_edge_taps_r  <= #TCQ 'd0;
          prbs_2nd_edge_taps_r  <= #TCQ 'd0;
          if (prbs_dqs_cnt_r >= DQS_WIDTH-1) begin
            prbs_last_byte_done <= #TCQ 1'b1;
          end
          // verilint STARC-2.2.3.3 off 
          // Wait until precharge that occurs in between calibration of
          // DQS groups is finished
          if (prech_done) begin
                    prbs_prech_req_r <= #TCQ 1'b0;
                        if (prbs_dqs_cnt_r >= DQS_WIDTH-1) begin
              if (rnk_cnt_r == RANKS-1) begin
                // All DQS groups in all ranks done
                prbs_state_r <= #TCQ PRBS_DONE;
              end else begin
                // Process DQS groups in next rank
                rnk_cnt_r      <= #TCQ rnk_cnt_r + 1;
                new_cnt_dqs_r  <= #TCQ 1'b1;
                prbs_dqs_cnt_r <= #TCQ 'b0;
                prbs_state_r   <= #TCQ PRBS_IDLE;
              end
            end else begin
              // Process next DQS group
              new_cnt_dqs_r  <= #TCQ 1'b1;
              prbs_dqs_cnt_r <= #TCQ prbs_dqs_cnt_r + 1;
              prbs_state_r   <= #TCQ PRBS_NEW_DQS_PREWAIT;
            end
          end
        end
       // verilint STARC-2.2.3.3 on 
        PRBS_NEW_DQS_PREWAIT: begin
          if (cnt_wait_state) begin
            prbs_state_r <= #TCQ PRBS_NEW_DQS_WAIT;
          end
        end
        
        // Done with this stage of calibration
        PRBS_DONE: begin
          prbs_prech_req_r    <= #TCQ 1'b0;
          prbs_last_byte_done <= #TCQ 1'b0;
          prbs_rdlvl_done     <= #TCQ 1'b1;
        end

      endcase
    end

// PRBS DQS count value used for selection of appropriate byte lane
// to apply the delays
  assign pi_stg2_prbs_rdlvl_cnt = prbs_dqs_cnt_r; 

endmodule